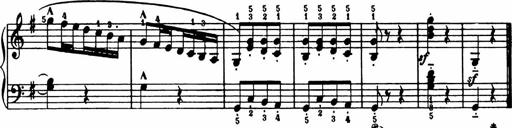
Title: Analytical Sonatinas
Composer: Frank Lynes